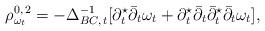
LaTeX: \begin{align*}\rho_{\omega_t} ^{0,\,2}= -\Delta_{BC,\,t}^{-1}[\partial_t ^\star\bar\partial_t \omega_t + \partial_t ^\star\bar\partial_t \bar\partial_t ^\star\bar\partial_t\omega_t],\end{align*}